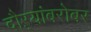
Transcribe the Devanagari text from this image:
दौऱ्यांबरोबर